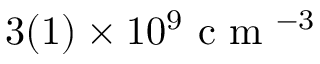
3 ( 1 ) \times 1 0 ^ { 9 } \mathrm { ~ c ~ m ~ } ^ { - 3 }